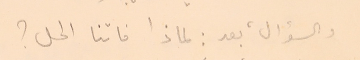
والسؤال، بعد: لماذا فاتنا المحل؟